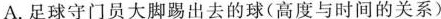
A. 足球守门员大脚踢出去的球(高度与时间的关系)